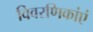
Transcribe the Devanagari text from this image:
विवरणिकांएं